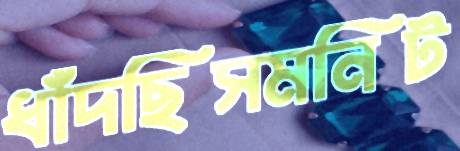
ধাঁদছিসমনিট